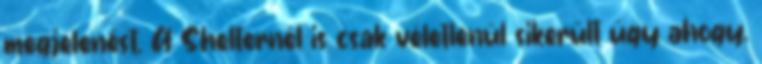
megjelenést. A Shelternél is csak véletlenül sikerült úgy ahogy.